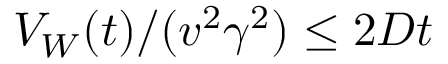
{ \cal V } _ { W } ( t ) / ( v ^ { 2 } \gamma ^ { 2 } ) \le 2 D t